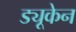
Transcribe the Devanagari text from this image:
ड्यूकेन